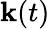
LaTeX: \mathbf{k}(t)